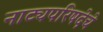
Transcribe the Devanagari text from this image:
नाट्यपरिषदेचे